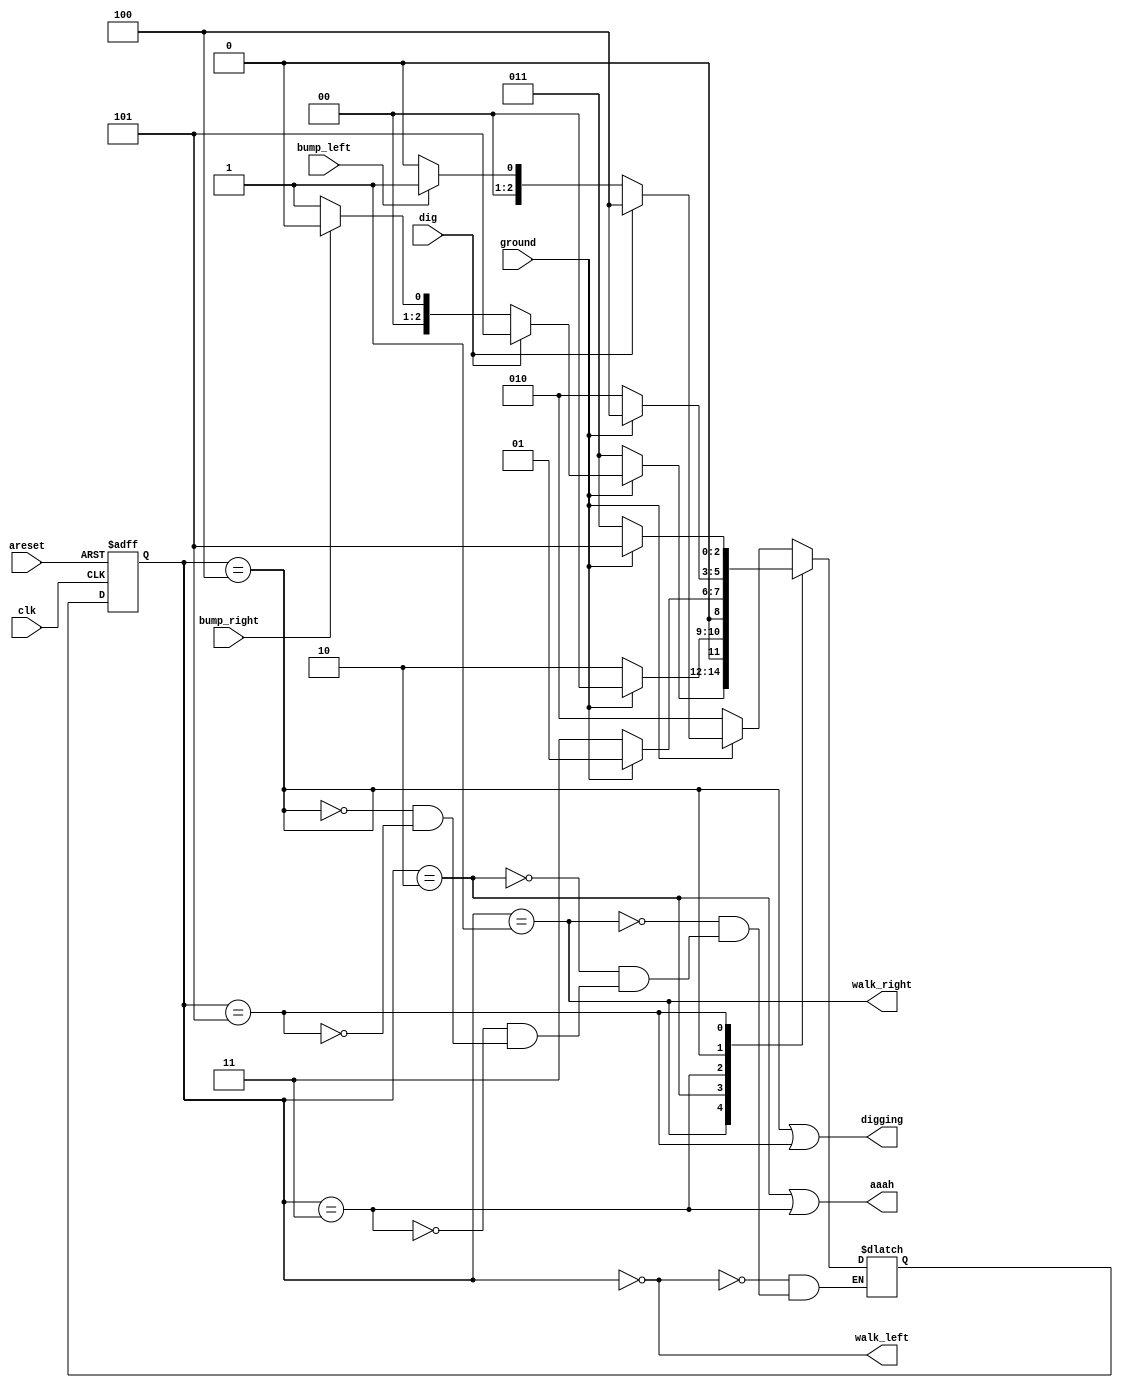
module top_module(
    input clk,
    input areset,    // Freshly brainwashed Lemmings walk left.
    input bump_left,
    input bump_right,
    input ground,
    input dig,
    output walk_left,
    output walk_right,
    output aaah,
    output digging ); 
    
    parameter WL=0, WR=1, FL=2, FR=3, DL=4, DR=5;
    reg [2:0] state, next;
    
    always @(*) begin
        case (state)
            WL: next = ground?(dig?(DL):(bump_left?WR:WL)):(FL);
            WR: next = ground?(dig?(DR):(bump_right?WL:WR)):(FR);
            FL: next = ground?WL:FL;
            FR: next = ground?WR:FR;
            DL: next = ground?DL:FL;
            DR: next = ground?DR:FR;
        endcase
    end
    
    always @(posedge clk, posedge areset) begin
        if (areset)
            state <= WL;
        else
            state <= next;
    end
    
    assign walk_left = (state == WL);
    assign walk_right = (state == WR);
    assign aaah = (state == FL || state == FR);
    assign digging = (state == DL || state == DR);

endmodule